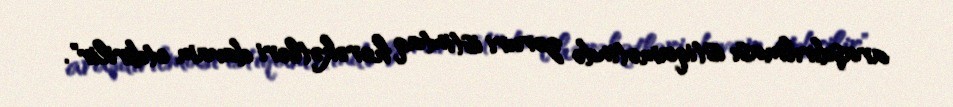
araşdırılması istiqamətində zəruri istintaq hərəkətləri davam etdirilir".